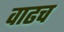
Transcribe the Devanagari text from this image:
वाढच